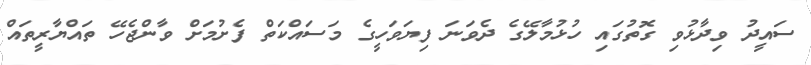
ސައީދު ވިދާޅުވި ގޮތުގައި ހުޅުމާލޭގެ ދެވަނަ ފިޔަވަހީގެ މަސައްކަތް ފެށުމަށް ވާންޖެހޭ ތައްޔާރީތައް